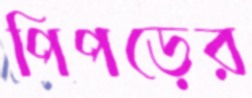
পিপড়ের